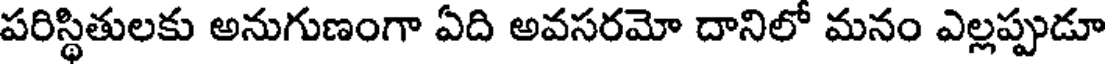
పరిస్థితులకు అనుగుణంగా ఏది అవసరమో దానిలో మనం ఎల్లప్పుడూ